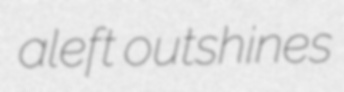
aleft outshines